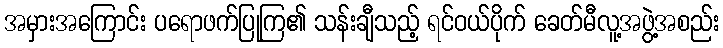
အမှားအကြောင်း ပရောဖက်ပြုကြ၏ သန်းချီသည့် ရင်ဝယ်ပိုက် ခေတ်မီလူ့အဖွဲ့အစည်း